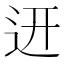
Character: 䢎